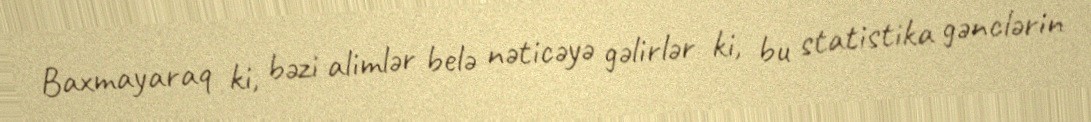
Baxmayaraq ki, bəzi alimlər belə nəticəyə gəlirlər ki, bu statistika gənclərin